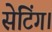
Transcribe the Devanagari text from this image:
सेटिंग।